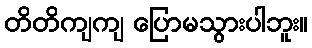
တိတိကျကျ ပြောမသွားပါဘူး။